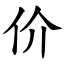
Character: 价